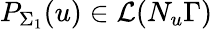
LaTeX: P_{\Sigma_{1}}(u)\in\mathcal{L}(N_{u}\Gamma)